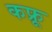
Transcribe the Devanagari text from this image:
कफ्रू